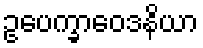
ဥပေက္ခာဝေဒနိယာ